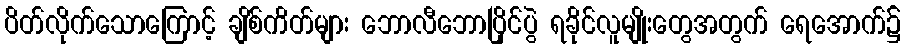
ပိတ်လိုက်သောကြောင့် ချိစ်ကိတ်များ ဘောလီဘောပြိုင်ပွဲ ရခိုင်လူမျိုးတွေအတွက် ရေအောက်၌